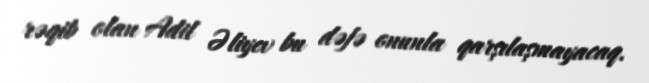
rəqib olan Adil Əliyev bu dəfə onunla qarşılaşmayacaq.